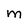
Character: m